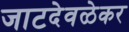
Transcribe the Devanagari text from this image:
जाटदेवळेकर